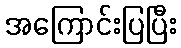
အကြောင်းပြပြီး